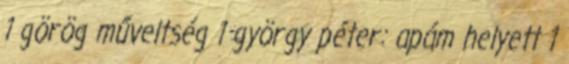
1 görög műveltség 1 györgy péter: apám helyett 1